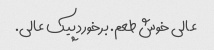
عالی خوش طعم. برخورد پیک عالی.